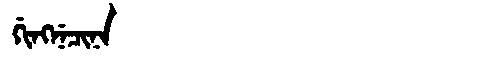
Manchu: ᡤᡳᠩᠨᡝᠴᡳᠨᠠ
Romanization: GINGNECINA